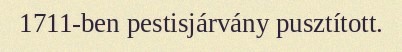
1711-ben pestisjárvány pusztított.